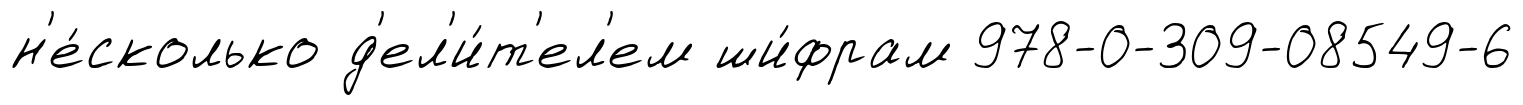
н'е́сколько д'ел'и́т'ел'ем ши́фрам 978-0-309-08549-6